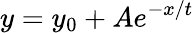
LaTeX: y=y_{0}+Ae^{-x/t}